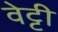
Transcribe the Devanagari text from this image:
वेट्टी